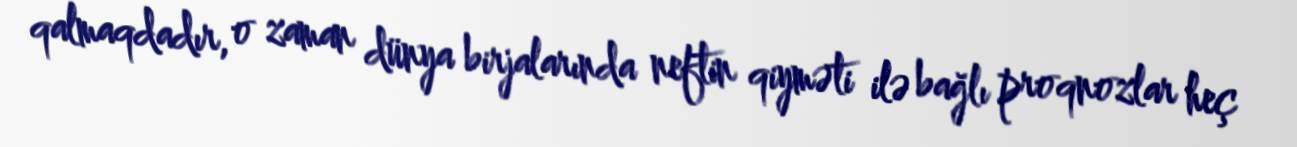
qalmaqdadır, o zaman dünya birjalarında neftin qiyməti ilə bağlı proqnozlar heç